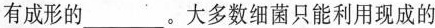
有成形的___。大多数细菌只能利用现成的